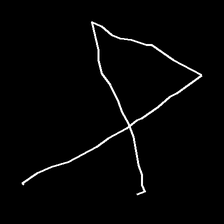
Glyph: collection